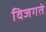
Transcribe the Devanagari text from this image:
विजगते